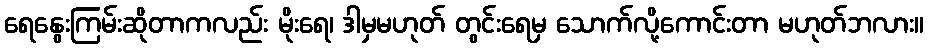
ရေနွေးကြမ်းဆိုတာကလည်း မိုးရေ၊ ဒါမှမဟုတ် တွင်းရေမှ သောက်လို့ကောင်းတာ မဟုတ်ဘလား။